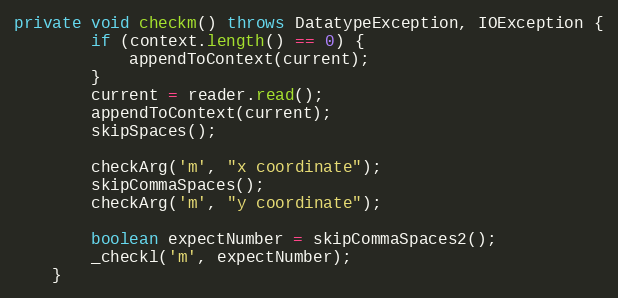
Language: Java
private void checkm() throws DatatypeException, IOException {
        if (context.length() == 0) {
            appendToContext(current);
        }
        current = reader.read();
        appendToContext(current);
        skipSpaces();

        checkArg('m', "x coordinate");
        skipCommaSpaces();
        checkArg('m', "y coordinate");

        boolean expectNumber = skipCommaSpaces2();
        _checkl('m', expectNumber);
    }